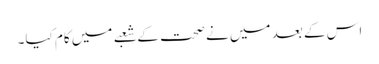
اس کے بعد میں نے صحت کے شعبے میں کام کیا۔